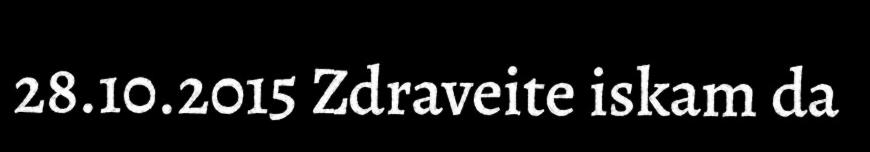
28.10.2015 Zdraveite iskam da